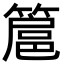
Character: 簄